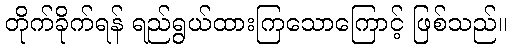
တိုက်ခိုက်ရန် ရည်ရွယ်ထားကြသောကြောင့် ဖြစ်သည်။